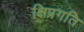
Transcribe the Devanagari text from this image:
क्षिप्रगति